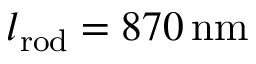
l _ { \mathrm { r o d } } = 8 7 0 \, \mathrm { n m }